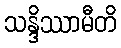
သန္ဒိဿာမီတိ